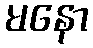
မနော